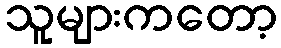
သူများကတော့